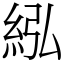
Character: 紭